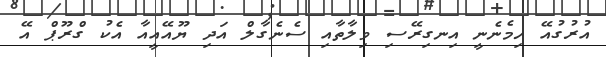
އުރުގުއޭ ހިމެނެނީ އިނގިރޭސި ވިލާތާއި ސެނެގާލް އަދި ޔޫއޭއީއާ އެކު ގްރޫޕް އޭ